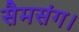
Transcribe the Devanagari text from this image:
सैमसंग।